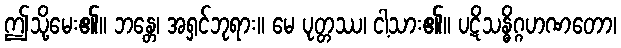
ဤသို့မေး၏။ ဘန္တေ၊ အရှင်ဘုရား။ မေ ပုတ္တဿ၊ ငါ့သား၏။ ပဋိသန္ဓိဂ္ဂဟဏတော၊